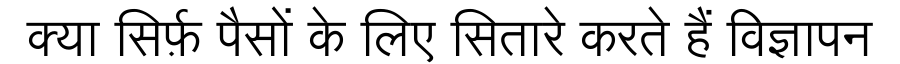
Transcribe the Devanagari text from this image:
क्या सिर्फ़ पैसों के लिए सितारे करते हैं विज्ञापन